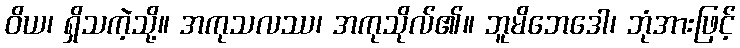
ဝိယ၊ ရှိသကဲ့သို့။ အကုသလဿ၊ အကုသိုလ်၏။ ဘူမိဘေဒေါ၊ ဘုံအားဖြင့်